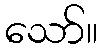
သော်။